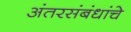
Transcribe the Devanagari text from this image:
अंतरसंबंधांचे